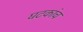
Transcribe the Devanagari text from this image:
घटकांच